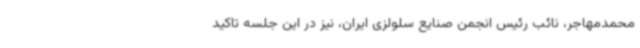
محمدمهاجر، نائب رئیس انجمن صنایع سلولزی ایران، نیز در این جلسه تاکید